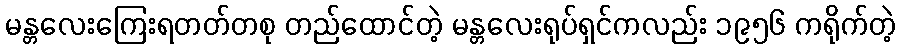
မန္တလေးကြေးရတတ်တစု တည်ထောင်တဲ့ မန္တလေးရုပ်ရှင်ကလည်း ၁၉၅၆ ကရိုက်တဲ့